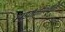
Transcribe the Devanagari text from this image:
हाइमेनोफिलेसिई